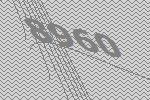
8960